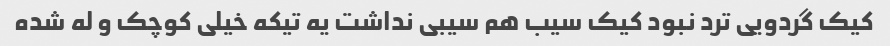
کیک گردویی ترد نبود کیک سیب هم سیبی نداشت یه تیکه خیلی کوچک و له شده